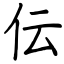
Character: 伝